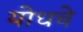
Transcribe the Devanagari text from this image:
योधचे